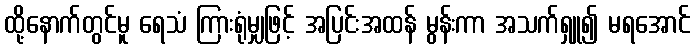
ထို့နောက်တွင်မူ ရေသံ ကြားရုံမျှဖြင့် အပြင်းအထန် မွန်းကာ အသက်ရှူ၍ မရအောင်